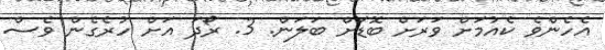
އެހެންވެ ކެއުމަށް ވަރަށް ބޮޑަށް ބަލަން. 3. ރޯދަ އަށް ހުރެގެން ވެސް